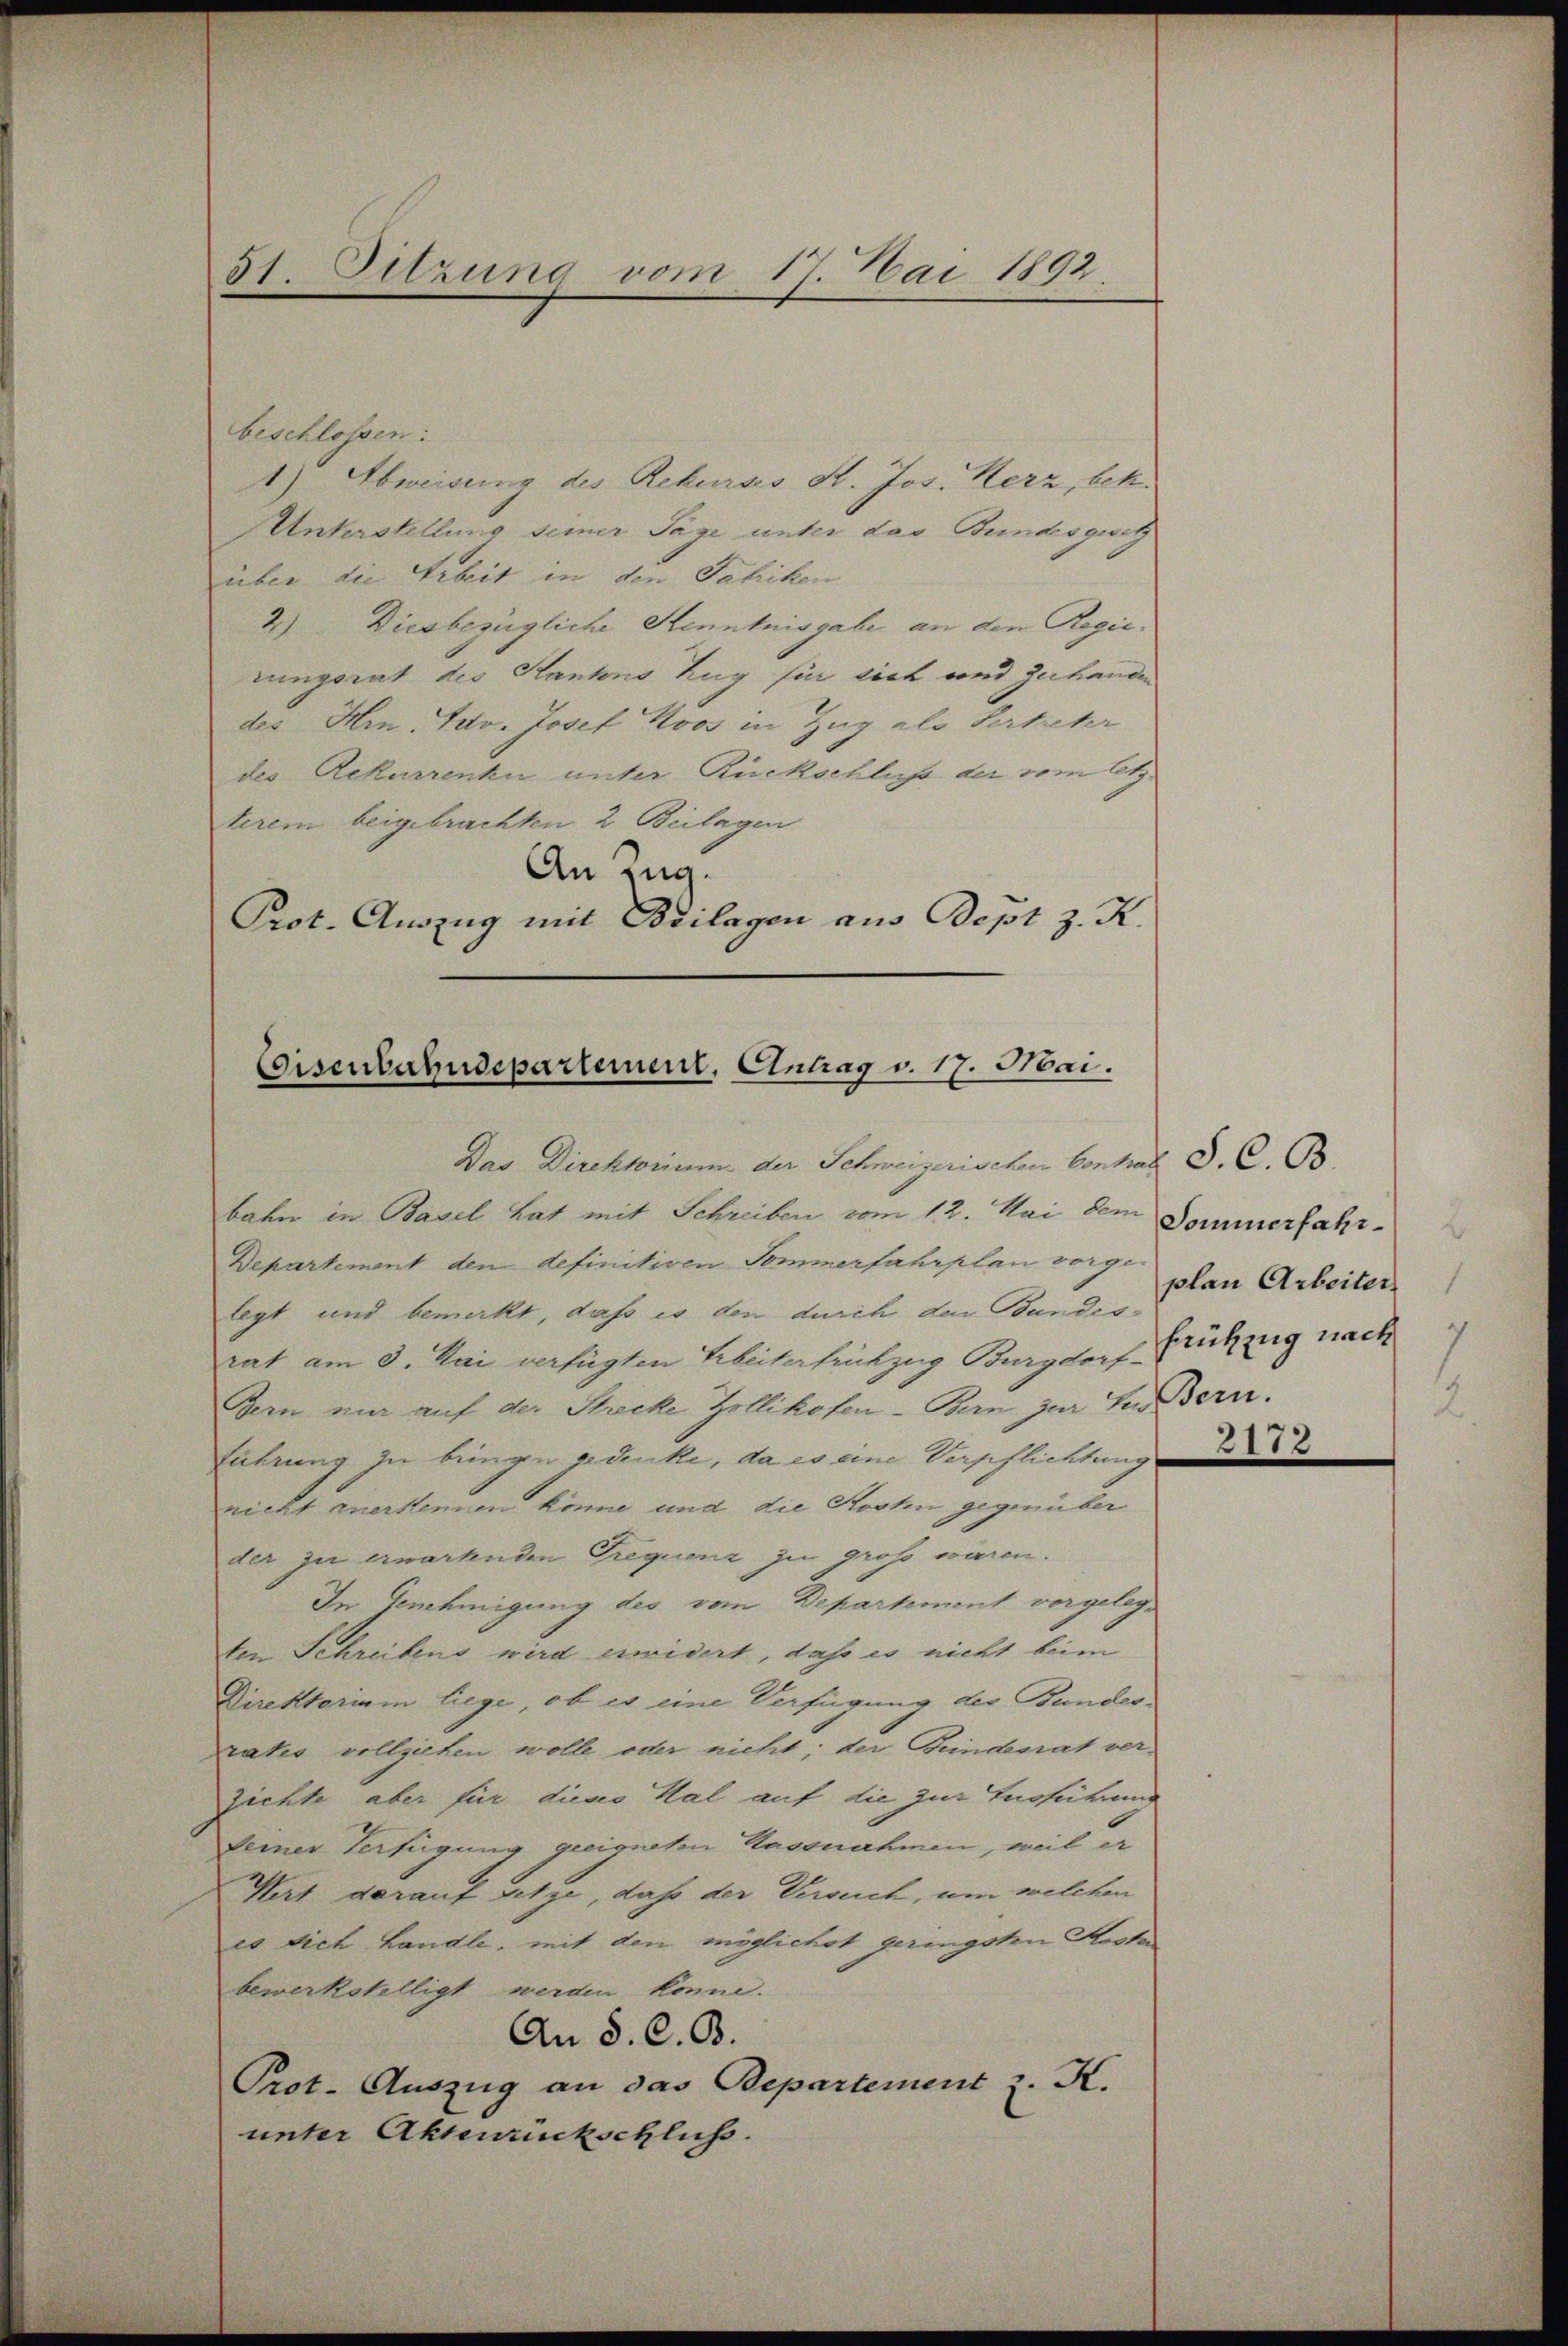
51 Sitzung vom 17. Mai 1892

beschlossen:
1) Abweisung des Rekurses St. Jos. Herz, betr.
Unterstellung seiner Tage unter das Bundesgesetz
über die Arbeit in den Fabriken
2) Diesbezügliche Kenntnisgabe an den Regierungsrat des Kantons Zug für sich und zerhanden
des Hrn. Jetv. Josef Roos in Zug als Vertreter
des Rekurrenke unter Rückschluß der vom Etz.
terem beigebrachten 2 Beilagen
An Zug.
Prot. Auszug mit Beilagen aus Bopt z. R.

Eisenbahndepartement, Antrag v. 17. Mai.

Das Direktorium der Schweizerischen Contral S. C. B
bahn in Basel hat mit Schreiben vom 12. Mai dem Sommerfahr¬
Departement den definitiven Semmerfahrplan vogt phen Arbeiter
legt und bemerkt, daß es den durch den Bundes-
rat am 3. Mai verfügten Arbeiterfrühzug Burgdorf Brückzug nach
Bern nur auf der Strecke Zollikofen- Bern zur Ein Bern.
führung zu bringen gedenke, da es eine Verpflichtung
nicht anerkennen könne und die Kosten gegenüber
der zu erwartenden Trequenz zu groß wären.
In Genehmigung des vom Departement vorgelegten Schreibens wird erwidert, daß es nicht beim
Direktorium liege, ob es eine Verfügung des Bundes-
rakes vollziehen wolle oder nicht; der Bundenat ver-
zichte aber für dieas Hal auf die zur Ausführung
seiner Verfügung geeigneten Hassnahmen, weil er
Wirt darauf sitze, daß der Versuch, um welchen
es sich handle, mit den möglichst geringsten Resta
bewerkstelligt werden könne.
An §. C. B.
Prot. Auszug an das Departement z. K.
unter Akteuruckschluss.

2172